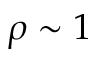
\rho \sim 1